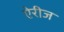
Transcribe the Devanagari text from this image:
ऐरीज